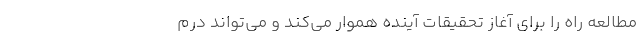
مطالعه راه را برای آغاز تحقیقات آینده هموار می‌کند و می‌تواند درم